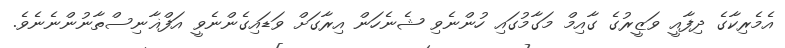
އެމެރިކާގެ ދިފާއީ ވަޒީރުގެ ގާއިމް މަގާމުގައި ހުންނެވި ޝެނެހަން އިރާގަށް ވަޑައިގެންނެވީ އަފްޣާނިސްތާނުންނެނެވެ.